Elephants and their diseases
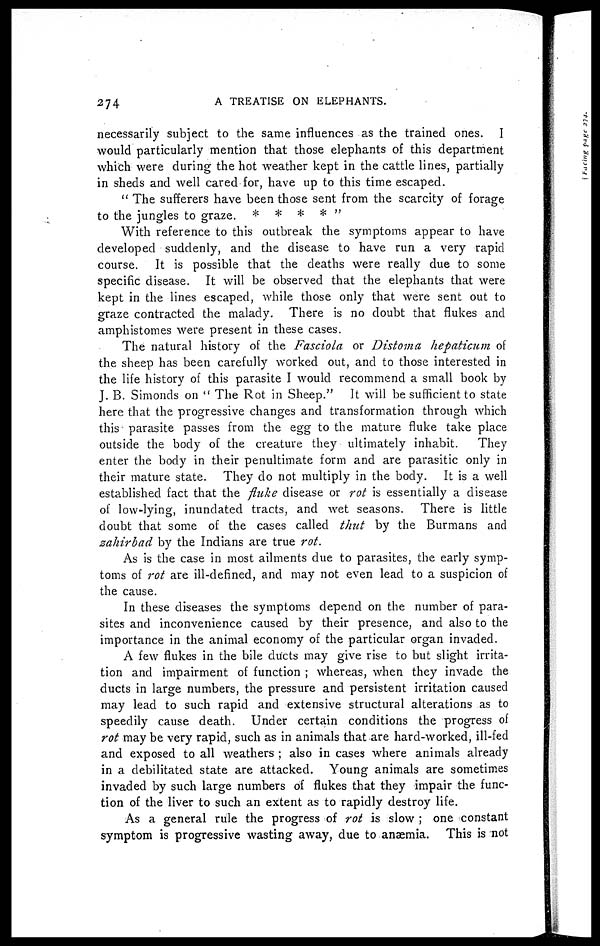
274
A
TREATISE ON ELEPHANTS.
necessarily subject to the same influences as the trained ones. I
would particularly mention that those elephants of this department
which were during the hot weather kept in the cattle lines, partially
in sheds and well cared for, have up to this time escaped.
" The sufferers have been those sent from the scarcity of forage
to the jungles to graze. * * * * "
With reference to this outbreak the symptoms appear to have
developed suddenly, and the disease to have run a very rapid
course. It is possible that the deaths were really due to some
specific disease. It will be observed that the elephants that were
kept in the lines escaped, while those only that were sent out to
graze contracted the malady. There is no doubt that flukes and
amphistomes were present in these cases.
The natural history of the Fasciola or Distoma hepaticum of
the sheep has been carefully worked out, and to those interested in
the life history of this parasite I would recommend a small book by
J. B. Simonds on " The Rot in Sheep." It will be sufficient to state
here that the progressive changes and transformation through which
this parasite passes from the egg to the mature fluke take place
outside the body of the creature they ultimately inhabit.
They
enter the body in their penultimate form and are parasitic only in
their mature state. They do not multiply in the body. It is a well
established fact that the fluke disease or rot is essentially a disease
of low-lying, inundated tracts, and wet seasons. There is little
doubt that some of the cases called thut by the Burmans and
zahirbad by the Indians are true rot.
As is the case in most ailments due to parasites, the early symp-
toms of rot are ill-defined, and may not even lead to a suspicion of
the cause.
In these diseases the symptoms depend on the number of para-
sites and inconvenience caused by their presence, and also to the
importance in the animal economy of the particular organ invaded.
A few flukes in the bile ducts may give rise to but slight irrita-
tion and impairment of function ; whereas, when they invade the
ducts in large numbers, the pressure and persistent irritation caused
may lead to such rapid and extensive structural alterations as to
speedily cause death. Under certain conditions the progress of
rot may be very rapid, such as in animals that are hard-worked, ill-fed
and exposed to all weathers ; also in cases where animals already
in a debilitated state are attacked. Young animals are sometimes
invaded by such large numbers of flukes that they impair the func-
tion of the liver to such an extent as to rapidly destroy life.
As a general rule the progress of rot is slow ; one constant
symptom is progressive wasting away, due to anaemia. This is not